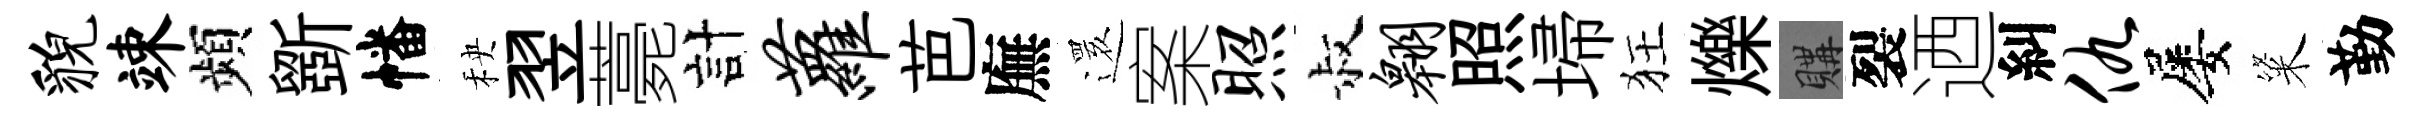
貌竦頻斵幡秧翌薧計萝芭廡𮟃案照叔翱照埽狂爍購裂迺糾仇屡粢勤